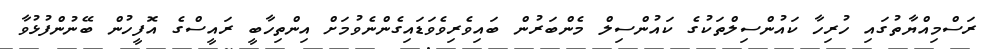
ރަސްމިއްޔާތުގައި ހުރިހާ ކައުންސިލްތަކުގެ ކައުންސިލް މެންބަރުން ބައިވެރިވެވަޑައިގެންނެވުމަށް އިންތިހާބީ ރައީސްގެ އޮފީހުން ބޭނުންފުޅުވާ